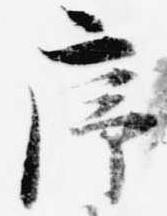
序